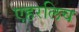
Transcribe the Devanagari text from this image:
एहरलिच